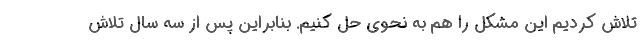
تلاش کردیم این مشکل را هم به نحوی حل کنیم. بنابراین پس از سه سال تلاش